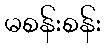
မစန်းစန်း